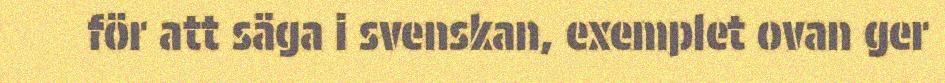
för att säga i svenskan, exemplet ovan ger